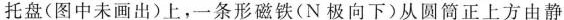
托盘(图中未画出)上，一条形磁铁(N极向下)从圆筒正上方由静